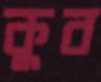
কুব